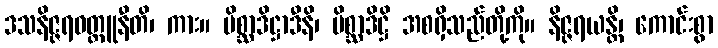
ဒသနိဇ္ဇရဝတ္ထူနီတိ၊ ကား။ မိစ္ဆာဒိဋ္ဌာဒီနိ၊ မိစ္ဆာဒိဋ္ဌိ အစရှိသည်တို့ကို။ နိဇ္ဇရယန္တိ၊ ကောင်းစွာ